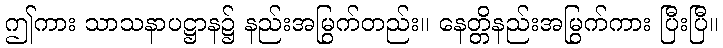
ဤကား သာသနာပဋ္ဌာန၌ နည်းအမြွက်တည်း။ နေတ္တိနည်းအမြွက်ကား ပြီးပြီ။